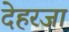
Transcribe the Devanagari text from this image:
देहरजा